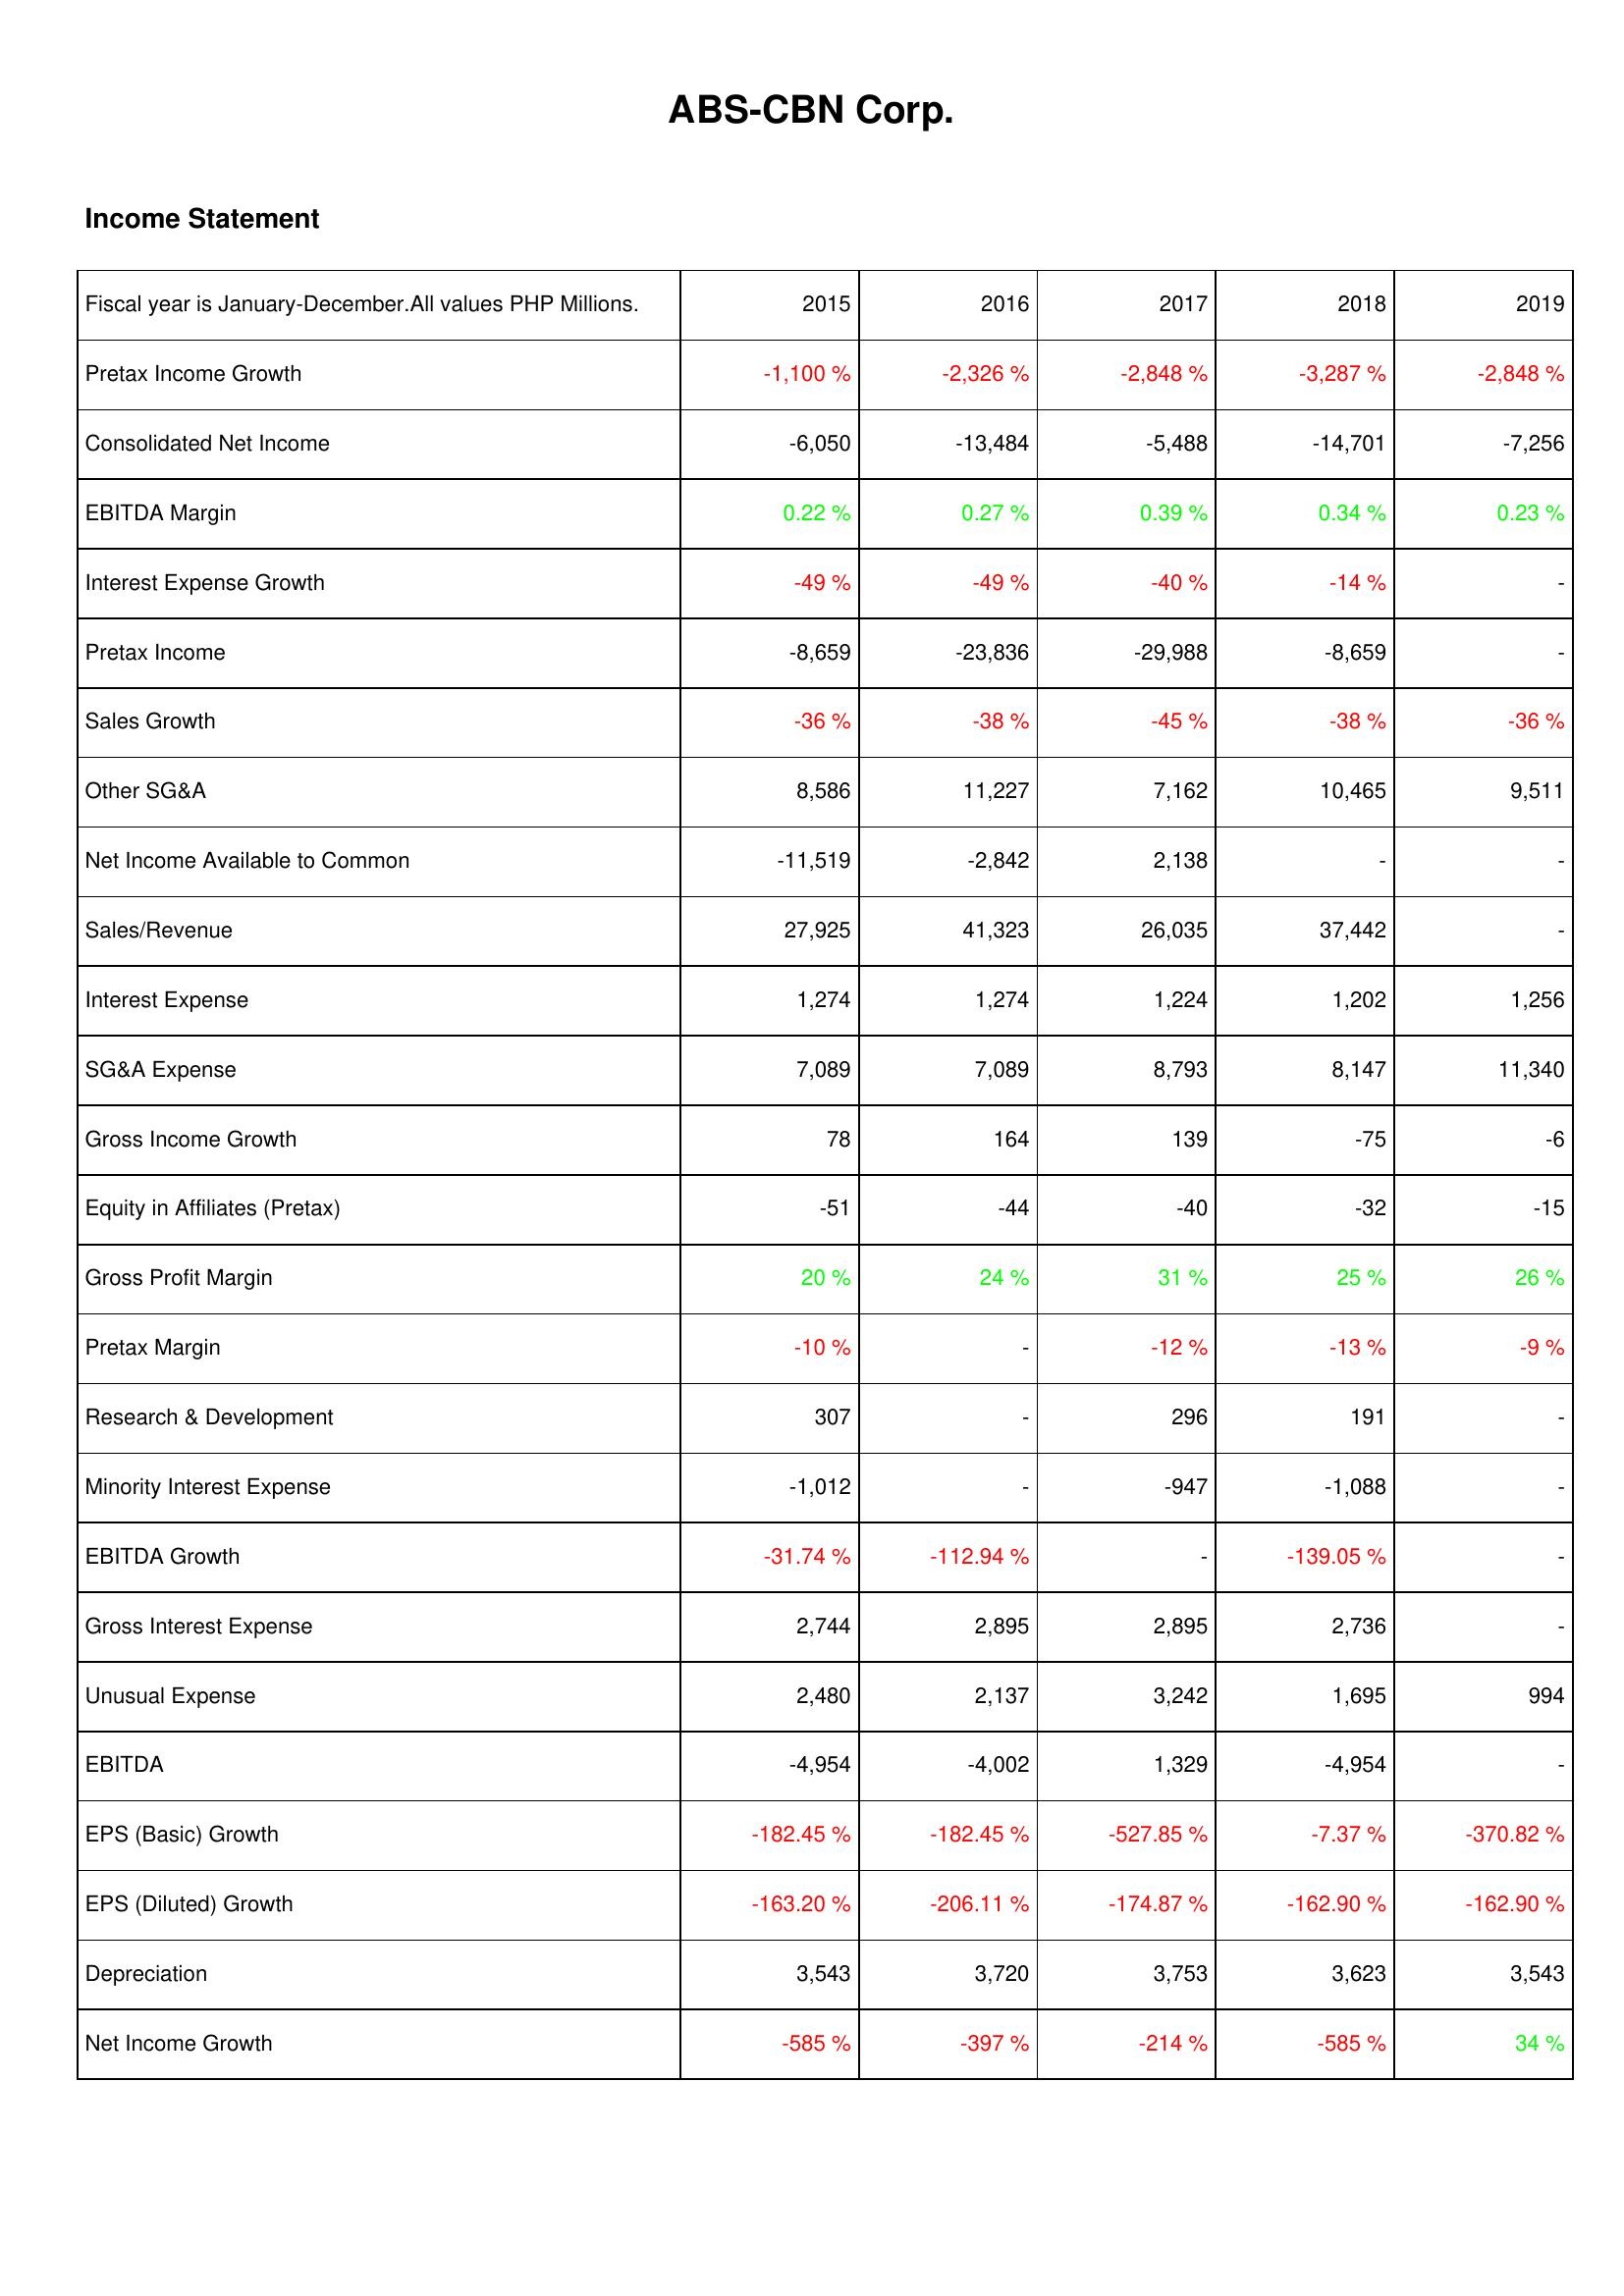
2015: Income Statement: Pretax Income Growth: -1,100 %
Consolidated Net Income: -6,050
EBITDA Margin: 0.22 %
Interest Expense Growth: -49 %
Pretax Income: -8,659
Sales Growth: -36 %
Other SG&A: 8,586
Net Income Available to Common: -11,519
Sales/Revenue: 27,925
Interest Expense: 1,274
SG&A Expense: 7,089
Gross Income Growth: 78
Equity in Affiliates (Pretax): -51
Gross Profit Margin: 20 %
Pretax Margin: -10 %
Research & Development: 307
Minority Interest Expense: -1,012
EBITDA Growth: -31.74 %
Gross Interest Expense: 2,744
Unusual Expense: 2,480
EBITDA: -4,954
EPS (Basic) Growth: -182.45 %
EPS (Diluted) Growth: -163.20 %
Depreciation: 3,543
Net Income Growth: -585 %
2016: Income Statement: Pretax Income Growth: -2,326 %
Consolidated Net Income: -13,484
EBITDA Margin: 0.27 %
Interest Expense Growth: -49 %
Pretax Income: -23,836
Sales Growth: -38 %
Other SG&A: 11,227
Net Income Available to Common: -2,842
Sales/Revenue: 41,323
Interest Expense: 1,274
SG&A Expense: 7,089
Gross Income Growth: 164
Equity in Affiliates (Pretax): -44
Gross Profit Margin: 24 %
Pretax Margin: -
Research & Development: -
Minority Interest Expense: -
EBITDA Growth: -112.94 %
Gross Interest Expense: 2,895
Unusual Expense: 2,137
EBITDA: -4,002
EPS (Basic) Growth: -182.45 %
EPS (Diluted) Growth: -206.11 %
Depreciation: 3,720
Net Income Growth: -397 %
2017: Income Statement: Pretax Income Growth: -2,848 %
Consolidated Net Income: -5,488
EBITDA Margin: 0.39 %
Interest Expense Growth: -40 %
Pretax Income: -29,988
Sales Growth: -45 %
Other SG&A: 7,162
Net Income Available to Common: 2,138
Sales/Revenue: 26,035
Interest Expense: 1,224
SG&A Expense: 8,793
Gross Income Growth: 139
Equity in Affiliates (Pretax): -40
Gross Profit Margin: 31 %
Pretax Margin: -12 %
Research & Development: 296
Minority Interest Expense: -947
EBITDA Growth: -
Gross Interest Expense: 2,895
Unusual Expense: 3,242
EBITDA: 1,329
EPS (Basic) Growth: -527.85 %
EPS (Diluted) Growth: -174.87 %
Depreciation: 3,753
Net Income Growth: -214 %
2018: Income Statement: Pretax Income Growth: -3,287 %
Consolidated Net Income: -14,701
EBITDA Margin: 0.34 %
Interest Expense Growth: -14 %
Pretax Income: -8,659
Sales Growth: -38 %
Other SG&A: 10,465
Net Income Available to Common: -
Sales/Revenue: 37,442
Interest Expense: 1,202
SG&A Expense: 8,147
Gross Income Growth: -75
Equity in Affiliates (Pretax): -32
Gross Profit Margin: 25 %
Pretax Margin: -13 %
Research & Development: 191
Minority Interest Expense: -1,088
EBITDA Growth: -139.05 %
Gross Interest Expense: 2,736
Unusual Expense: 1,695
EBITDA: -4,954
EPS (Basic) Growth: -7.37 %
EPS (Diluted) Growth: -162.90 %
Depreciation: 3,623
Net Income Growth: -585 %
2019: Income Statement: Pretax Income Growth: -2,848 %
Consolidated Net Income: -7,256
EBITDA Margin: 0.23 %
Interest Expense Growth: -
Pretax Income: -
Sales Growth: -36 %
Other SG&A: 9,511
Net Income Available to Common: -
Sales/Revenue: -
Interest Expense: 1,256
SG&A Expense: 11,340
Gross Income Growth: -6
Equity in Affiliates (Pretax): -15
Gross Profit Margin: 26 %
Pretax Margin: -9 %
Research & Development: -
Minority Interest Expense: -
EBITDA Growth: -
Gross Interest Expense: -
Unusual Expense: 994
EBITDA: -
EPS (Basic) Growth: -370.82 %
EPS (Diluted) Growth: -162.90 %
Depreciation: 3,543
Net Income Growth: 34 %